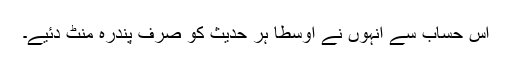
اس حساب سے انہوں نے اوسطا ہر حدیث کو صرف پندرہ منٹ دئیے۔